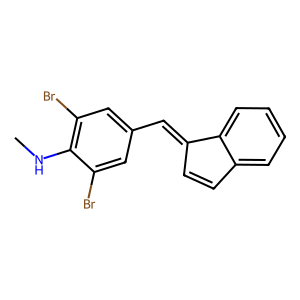
SMILES: CNc1c(Br)cc(C=C2C=Cc3ccccc32)cc1Br
Inhibits HIV replication: No